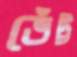
ভেঁট্ট